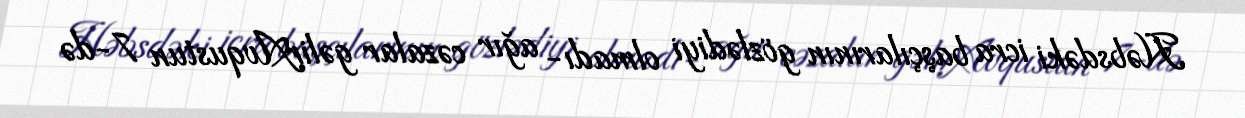
Həbsdəki icra başçılarının gözlədiyi olmadı- ağır cəzalar gəlirAvqustun 7-də